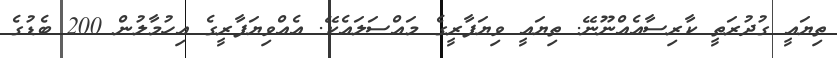
ތިޔައީ ގުދުރަތީ ކާރިސާއެއްނޫނޭ. ތިޔައީ ވިޔަފާރީގެ މައްސަލައެކޭ. އެއްވިޔަފާރީގެ އިހުމާލުން 200 ބެޑުގެ